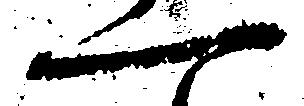
一